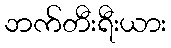
ဘက်တီးရီးယား